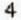
4